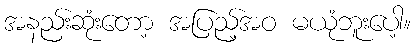
အနည်းဆုံးတော့ အပြည့်အဝ မယုံဘူးပေါ့။